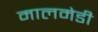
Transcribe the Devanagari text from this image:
मालमेडी